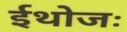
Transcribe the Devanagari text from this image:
ईथोजः